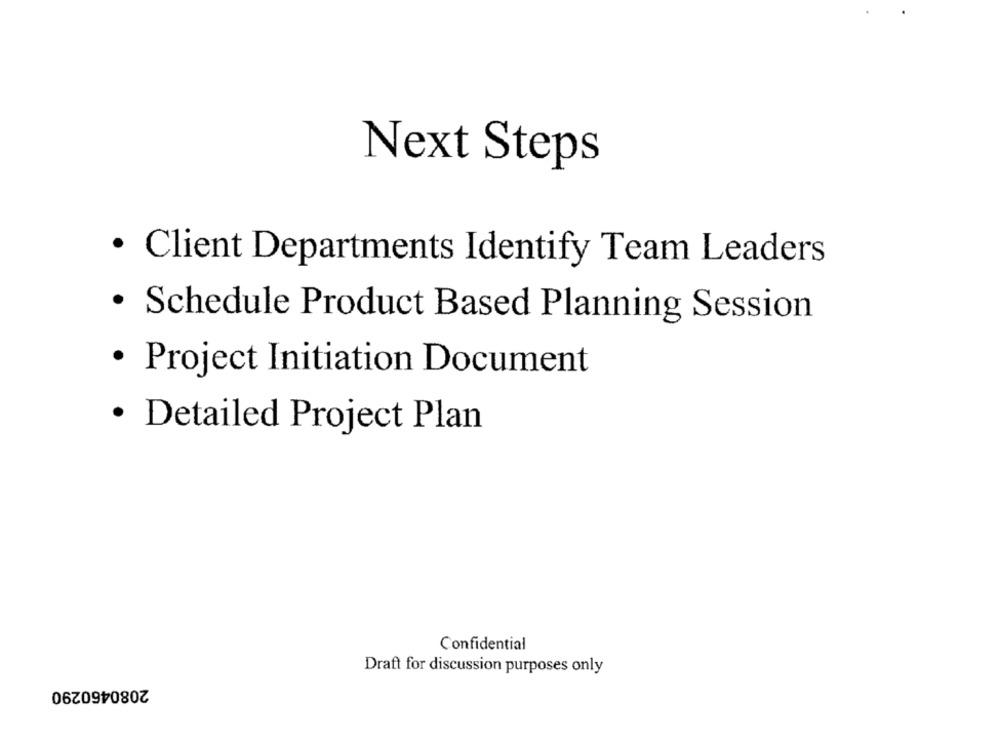
Next Steps
· Client Departments Identify Team Leaders
· Schedule Product Based Planning Session
.
Project Initiation Document
· Detailed Project Plan
Confidential
Draft for discussion purposes only
2080460290